Document type: Sale
Year: 1226
Scribe: Ramon d'Om
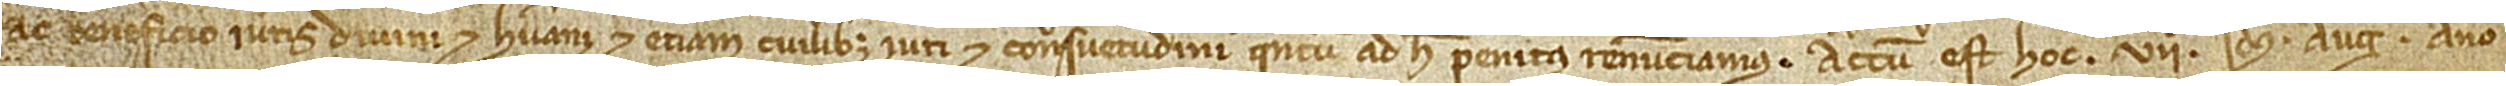
ac beneficio iuris divini et humani, et etiam cuilibet iuri et consuetudini quantum ad hec penitus renunciamus. Actum est hoc VIIº idus augusti, anno